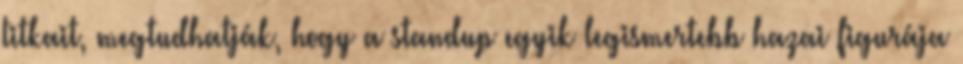
titkait, megtudhatják, hogy a standup egyik legismertebb hazai figurája